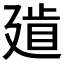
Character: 𢌧